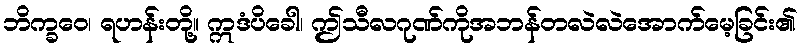
ဘိက္ခဝေ၊ ရဟန်းတို့။ ဣဒံပိခေါ၊ ဤသီလဂုဏ်ကိုအဘန်တလဲလဲအောက်မေ့ခြင်း၏